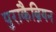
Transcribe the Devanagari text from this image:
पुराकैब्रियन